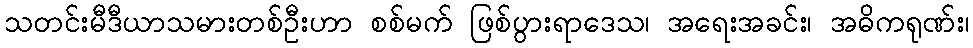
သတင်းမီဒီယာသမားတစ်ဦးဟာ စစ်မက် ဖြစ်ပွားရာဒေသ၊ အရေးအခင်း၊ အဓိကရုဏ်း၊